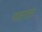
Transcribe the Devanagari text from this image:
दाहाला